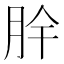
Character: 𮲪